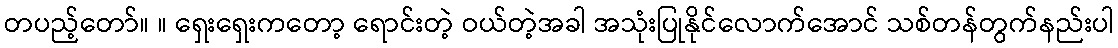
တပည့်တော်။ ။ ရှေးရှေးကတော့ ရောင်းတဲ့ ဝယ်တဲ့အခါ အသုံးပြုနိုင်လောက်အောင် သစ်တန်တွက်နည်းပါ